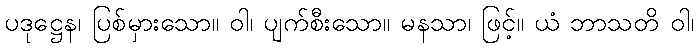
ပဒုဋ္ဌေန၊ ပြစ်မှားသော။ ဝါ၊ ပျက်စီးသော။ မနသာ၊ ဖြင့်။ ယံ ဘာသတိ ဝါ၊